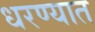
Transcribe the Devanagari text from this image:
धरण्‍यात